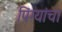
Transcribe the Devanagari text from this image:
पिंग्यांचा